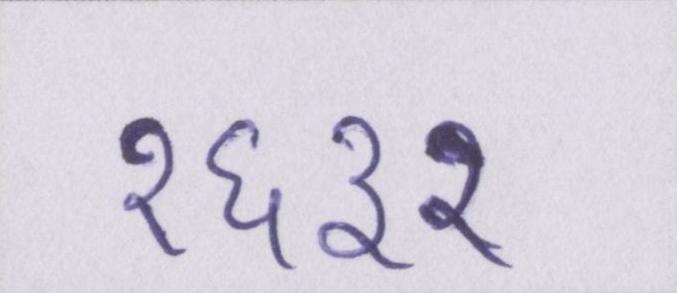
१६३२